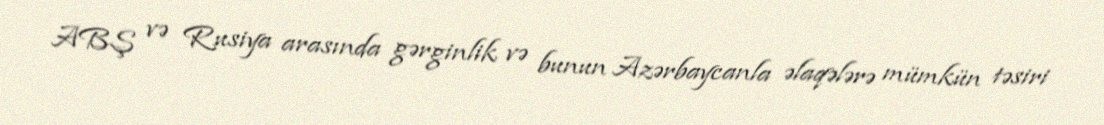
ABŞ və Rusiya arasında gərginlik və bunun Azərbaycanla əlaqələrə mümkün təsiri